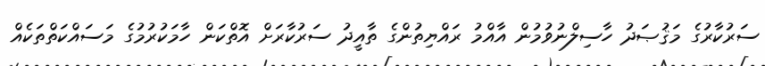
ސަރުކާރުގެ މަޤުޞަދު ހާސިލްނުވުމުން އާއްމު ރައްޔިތުންގެ ތާއީދު ސަރުކާރަށް އޮތްކަން ހާމަކުރުމުގެ މަސައްކަތްތަކެއް